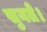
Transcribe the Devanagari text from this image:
सुनते।